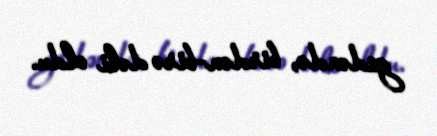
gedəndə, birdən-birə dəli oldu.